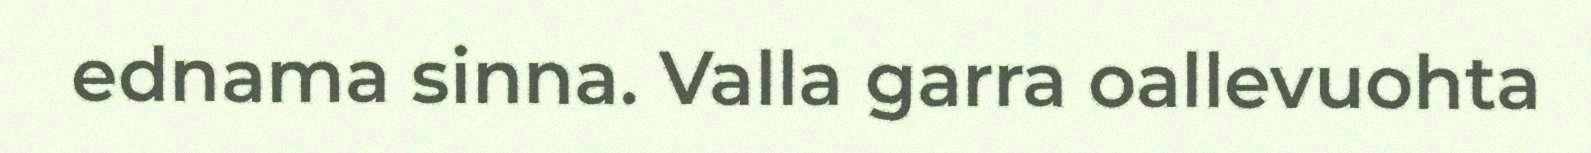
ednama sinna. Valla garra oallevuohta